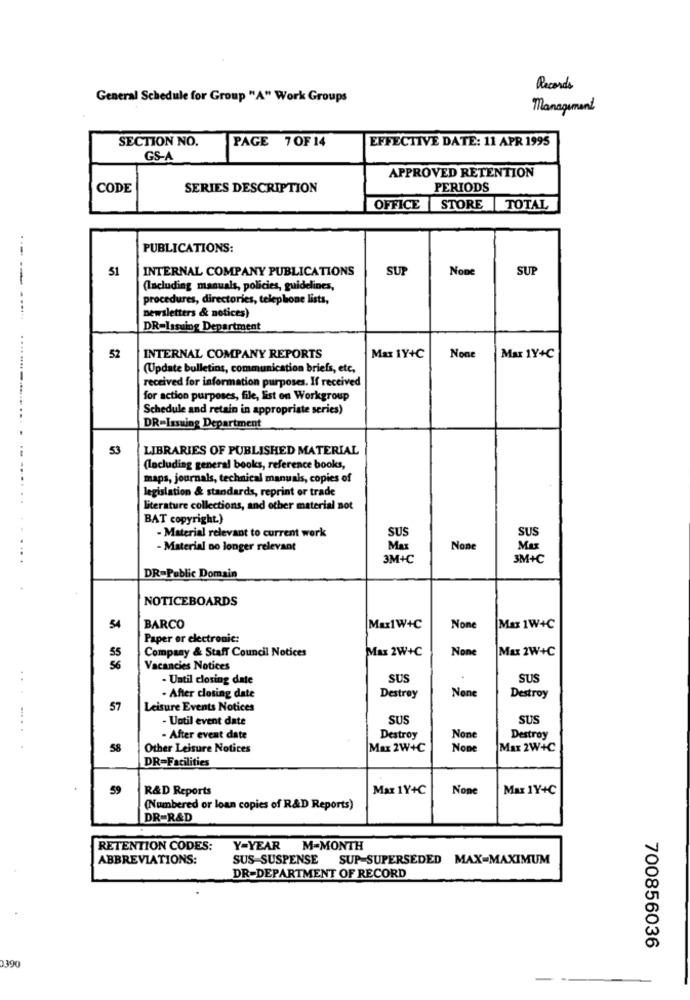
Records
General Schedule for Group "A" Work Groups
Management
SECTION NO.
PAGE 7OF 14
EFFECTIVE DATE: 11 APR 1995
GS-A
APPROVED RETENTION
CODE
SERIES DESCRIPTION
PERIODS
OFFICE STORE TOTAL
PUBLICATIONS:
51
INTERNAL COMPANY PUBLICATIONS
SUP
SUP
(Including manuals, policies, guidelines,
procedures, directories, telephone lists,
newsletters & notices)
DR=Issuing Department
52
INTERNAL COMPANY REPORTS
Max 1Y+C
Mar 1Y+C
(Update bulletins, communication briefs, etc.
received for information purposes. If received
for action purposes, file, list on Workgroup
Schedule and retain in appropriate series)
DR-Issuing Department
53
LIBRARIES OF PUBLISHED MATERIAL
(Including general books, reference books,
maps, journals, technical manuals, copies of
legislation & standards, reprint or trade
. .
literature collections, and other material not
BAT copyright.)
SUS
- Material relevant to current werk
SUS
- Material no longer relevant
Max
Max
3M+C
3M+C
DR=Public Domain
NOTICEBOARDS
54
BARCO
Max1W+C
Max 1W+C
Paper or electronic:
Company & Staff Council Notices
Max 2W+C
Max 2W+C
55
56
Vacancies Notices
- Until closing date
SUS
SUS
. After closing date
Destroy
Destroy
57
Leisure Events Notices
- Until event date
SUS
SUS
......
- After event date
Destroy
Destroy
58
Other Leisure Notices
Max 2W+C
Max 2W+C
DR=Facilities
59
R&D Reports
Max 1Y+C
Max 1Y+C
(Numbered or loan copies of R&D Reports)
DR-R&D
RETENTION CODES:
Y-YEAR M-MONTH
ABBREVIATIONS:
SUS-SUSPENSE SUP-SUPERSEDED MAX-MAXIMUM
DR-DEPARTMENT OF RECORD
700856036
1390
-